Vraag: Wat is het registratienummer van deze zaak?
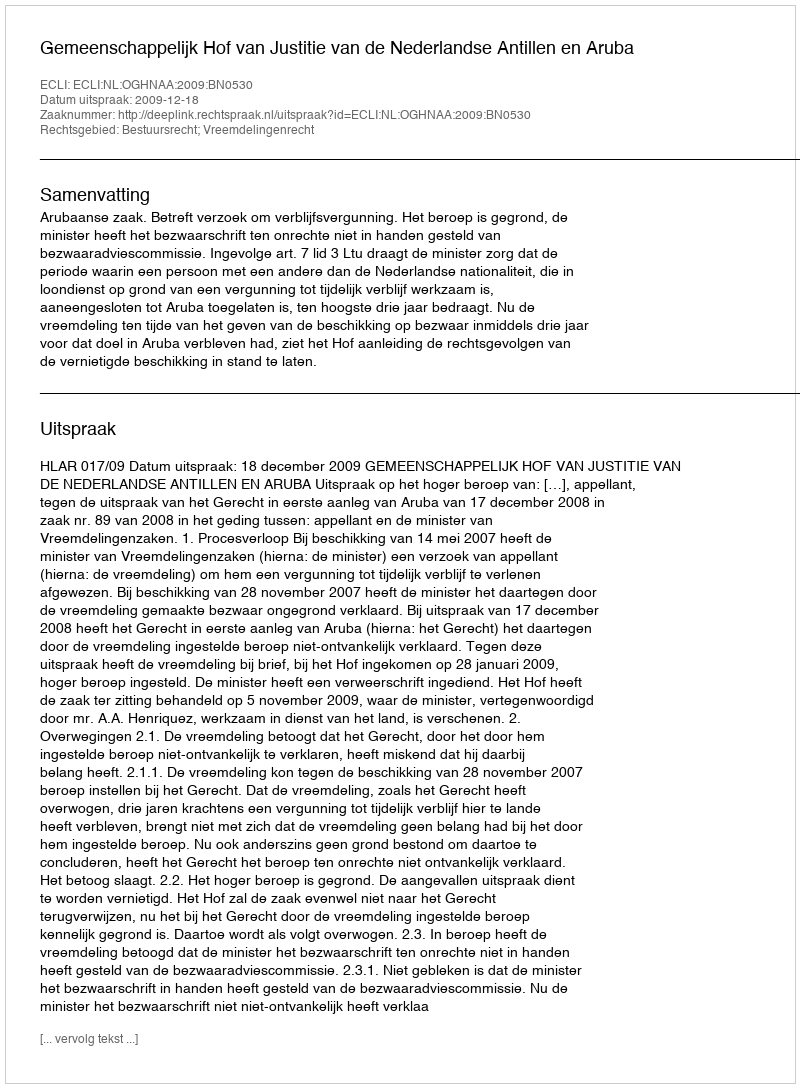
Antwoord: http://deeplink.rechtspraak.nl/uitspraak?id=ECLI:NL:OGHNAA:2009:BN0530